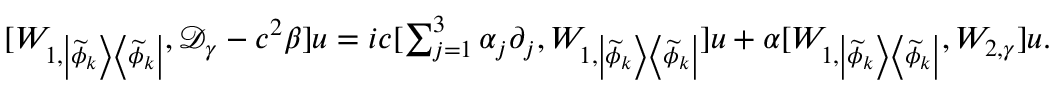
\begin{array} { r } { [ W _ { 1 , \left| \widetilde { \phi } _ { k } \right> \left< \widetilde { \phi } _ { k } \right| } , \mathcal D _ { \gamma } - c ^ { 2 } \beta ] u = i c [ \sum _ { j = 1 } ^ { 3 } \alpha _ { j } \partial _ { j } , W _ { 1 , \left| \widetilde { \phi } _ { k } \right> \left< \widetilde { \phi } _ { k } \right| } ] u + \alpha [ W _ { 1 , \left| \widetilde { \phi } _ { k } \right> \left< \widetilde { \phi } _ { k } \right| } , W _ { 2 , \gamma } ] u . } \end{array}